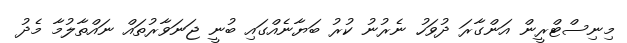
މިނިސްޓްރީން އަންގާރަ ދުވަހު ނެރުނު ކުރު ބަޔާނެއްގައި ބުނީ ޖަނަވާރުތައް ނައްތާލުމާ މެދު